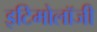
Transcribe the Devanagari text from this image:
इटिमोलॉजी